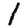
Digit: 1